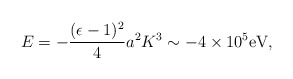
\begin{align*}E=-{(\epsilon-1)^2\over 4}a^2K^3\sim-4\times10^5\mbox{eV},\end{align*}